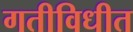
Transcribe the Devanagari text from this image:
गतीविधीत